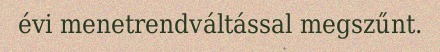
évi menetrendváltással megszűnt.